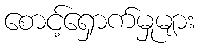
စောင့်ရှောက်မှုများ